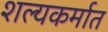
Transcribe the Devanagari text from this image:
शल्यकर्मात